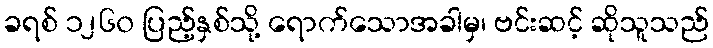
ခရစ် ၁၂၆၀ ပြည့်နှစ်သို့ ရောက်သောအခါမှ၊ ဗင်းဆင့် ဆိုသူသည်